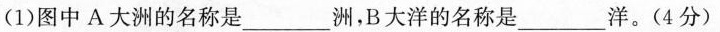
(1)图中A大洲的名称是___洲，B大洋的名称是___洋。(4分)